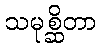
သမုစ္ဆိတာ